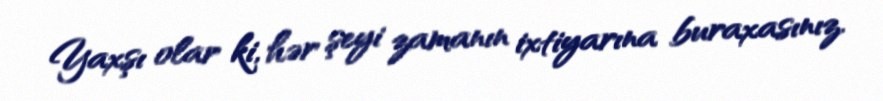
Yaxşı olar ki, hər şeyi zamanın ixtiyarına buraxasınız.